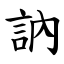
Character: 訥